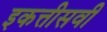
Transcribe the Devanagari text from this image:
इकत्तीसवी